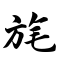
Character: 旄